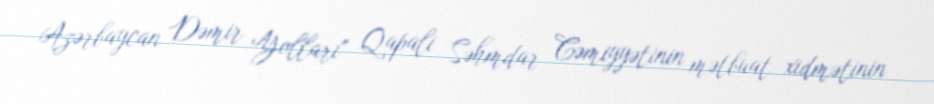
Azərbaycan Dəmir Yolları" Qapali Səhmdar Cəmiyyətinin mətbuat xidmətinin